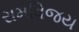
રામવિજય